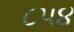
૮૫૪